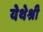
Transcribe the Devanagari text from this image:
येथेश्री